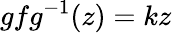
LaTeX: gfg^{-1}(z)=kz